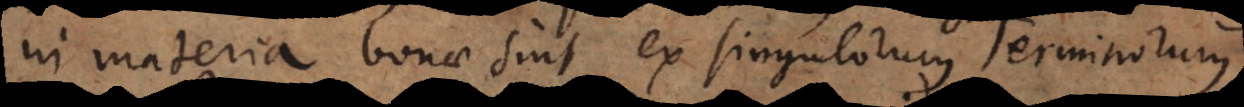
in materia bonae sint ex singulorum Terminorum